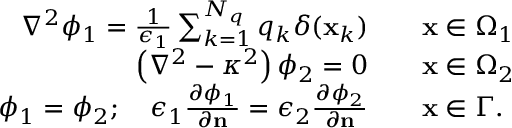
\begin{array} { r l } { \nabla ^ { 2 } \phi _ { 1 } = \frac { 1 } { \epsilon _ { 1 } } \sum _ { k = 1 } ^ { N _ { q } } q _ { k } \delta ( \mathbf { x } _ { k } ) \quad } & { \mathbf { x } \in \Omega _ { 1 } } \\ { \left( \nabla ^ { 2 } - \kappa ^ { 2 } \right) \phi _ { 2 } = 0 \quad } & { \mathbf { x } \in \Omega _ { 2 } } \\ { \phi _ { 1 } = \phi _ { 2 } ; \quad \epsilon _ { 1 } \frac { \partial \phi _ { 1 } } { \partial \mathbf { n } } = \epsilon _ { 2 } \frac { \partial \phi _ { 2 } } { \partial \mathbf { n } } \quad } & { \mathbf { x } \in \Gamma . } \end{array}